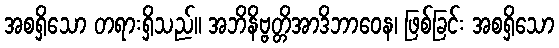
အစရှိသော တရားရှိသည်။ အဘိနိဗ္ဗတ္တိအာဒိဘာဝေန၊ ဖြစ်ခြင်း အစရှိသော